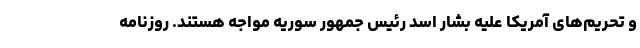
و تحریم‌های آمریکا علیه بشار اسد رئیس جمهور سوریه مواجه هستند. روزنامه